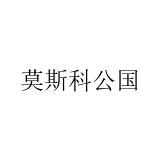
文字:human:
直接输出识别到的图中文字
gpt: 莫斯科公国